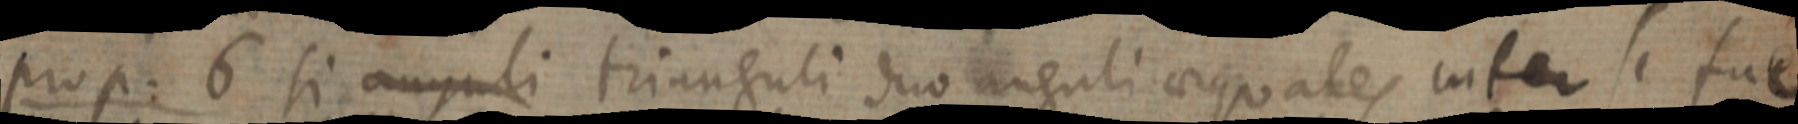
prop. 6 si anguli trianguli duo anguli aequales inter se fue